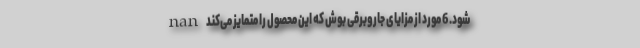
شود. 6 مورد از مزایای جاروبرقی بوش که این محصول را متمایز می‌کند nan